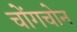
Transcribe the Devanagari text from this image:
चोंगचोन